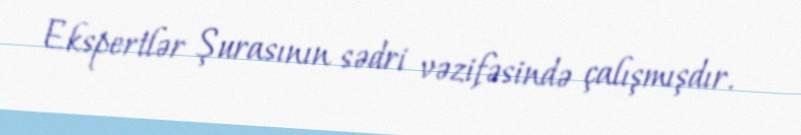
Ekspertlər Şurasının sədri vəzifəsində çalışmışdır.